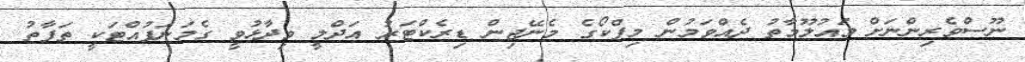
ނޫސްވެރިންނަށް މައުލޫމާތު ދެއްވަމުން މިފްކޯގެ މެނޭޖިން ޑިރެކްޓަރު އަދްލީ ވިދާޅުވީ ގެމަނަފުއްޓަކީ ތަފާތު